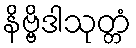
နိဗ္ဗိဒါသုတ္တံ